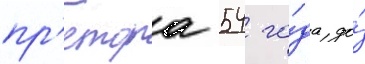
пр'етора 54 го́да до́